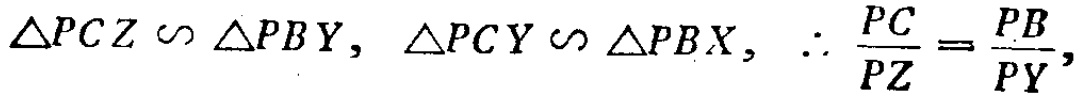
\(\triangle PCZ \backsim \triangle PBY, \triangle PCY \backsim \triangle PBX, \therefore \frac{PC}{PZ}=\frac{PB}{PY},\)